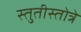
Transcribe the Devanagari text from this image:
स्तुतीस्तोत्रे